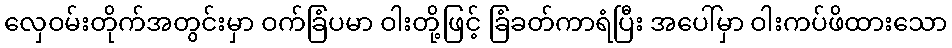
လှေဝမ်းတိုက်အတွင်းမှာ ဝက်ခြံပမာ ဝါးတို့ဖြင့် ခြံခတ်ကာရံပြီး အပေါ်မှာ ဝါးကပ်ဖိထားသော